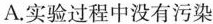
A实验过程中没有污染